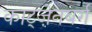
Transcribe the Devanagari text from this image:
काट्ज़ेनबर्ग